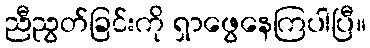
ညီညွတ်ခြင်းကို ရှာဖွေနေကြပါပြီ။